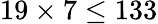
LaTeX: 19\times 7\leq 133